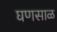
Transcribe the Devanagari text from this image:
घणसाळ